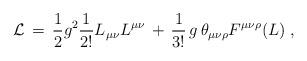
LaTeX: \begin{align*}{\cal L} \,=\, \frac{1}{2} g^2 \frac{1}{2!} L_{\mu \nu} L^{\mu \nu} \,+ \, \frac{1}{3!} \,g \, \theta_{\mu \nu \rho} F^{\mu \nu \rho} (L) \;,\end{align*}